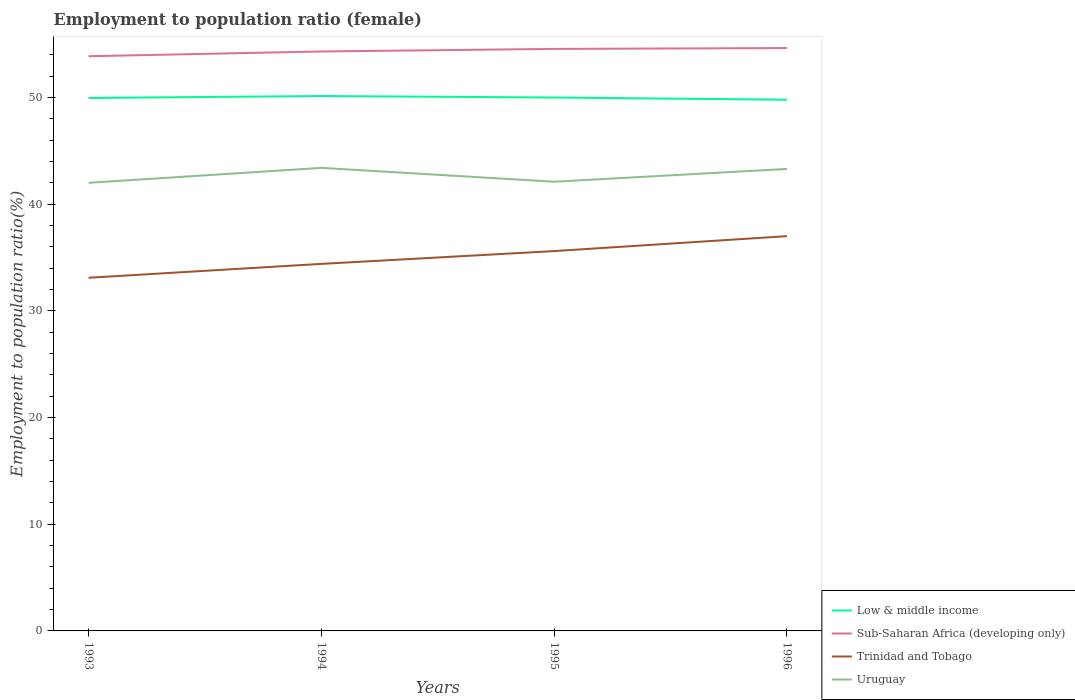
| Years | Low & middle income | Sub-Saharan Africa (developing only) | Trinidad and Tobago | Uruguay |
 | --- | --- | --- | --- | --- |
 | 1993 | 49.9 | 53.9 | 33.1 | 42 |
 | 1994 | 50.1 | 54.3 | 34.4 | 43.4 |
 | 1995 | 50 | 54.5 | 35.6 | 42.1 |
 | 1996 | 49.8 | 54.6 | 37 | 43.3 |